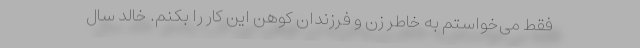
فقط می‌خواستم به خاطر زن و فرزندان کوهن این کار را بکنم. خالد سال